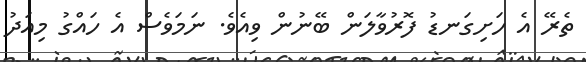
ތެރޭ އެ ހަށިގަނޑު ފޮރުވާލަން ބޭނުން ވިއެވެ. ނަމަވެސް އެ ހައްގު މިއަދު